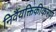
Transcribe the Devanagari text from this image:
निर्वैयक्तिकीकरण